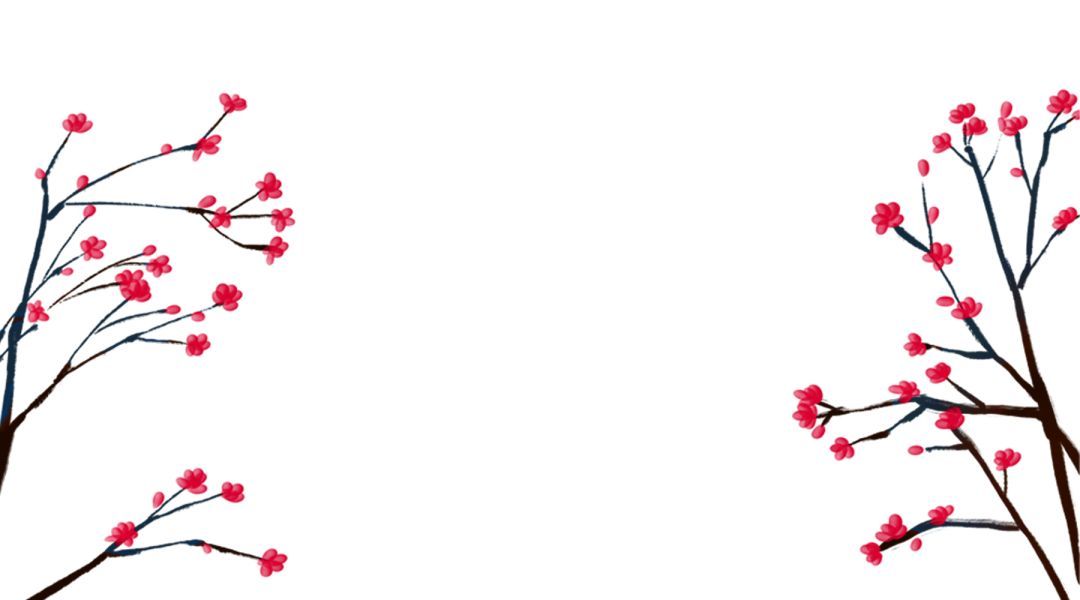
红豆不堪看，满眼相思泪。